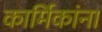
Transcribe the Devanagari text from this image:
कार्मिकांना